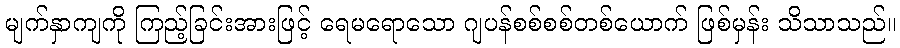
မျက်နှာကျကို ကြည့်ခြင်းအားဖြင့် ရေမရောသော ဂျပန်စစ်စစ်တစ်ယောက် ဖြစ်မှန်း သိသာသည်။